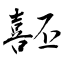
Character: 噽